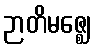
ဉာတိမဇ္ဈေ